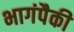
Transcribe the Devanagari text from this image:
भागंपैकी